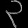
Digit: ၃